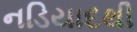
નડિયાદથી